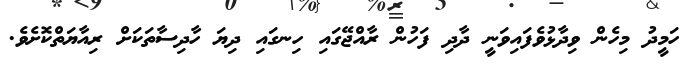
ހަމީދު މިހެން ވިދާޅުވެފައިވަނީ ދާދި ފަހުން ރާއްޖޭގައި ހިނގައި ދިޔަ ހާދިސާތަކަށް ރިއާޔަތްކޮށެވެ.